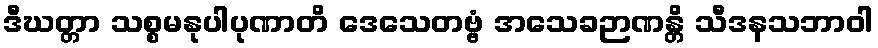
ဒီဃတ္တာ သစ္စမနုပါပုဏာတိ ဒေသေတဗ္ဗံ အသေခဉာဏန္တိ သီဒနသဘာဝါ